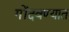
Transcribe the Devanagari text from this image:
गोंदवण्यात